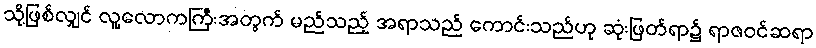
သို့ဖြစ်လျှင် လူ့လောကကြီးအတွက် မည်သည့် အရာသည် ကောင်းသည်ဟု ဆုံးဖြတ်ရာ၌ ရာဇဝင်ဆရာ